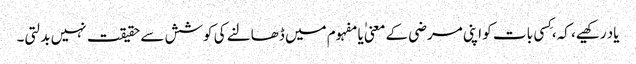
یاد رکھیے، کہ، کِسی بات کو اپنی مرضی کے معنی ٰیا مفہوم میں ڈھالنے کی کوشش سے حقیقت نہیں بدلتی۔